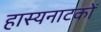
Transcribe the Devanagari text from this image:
हास्यनाटकों